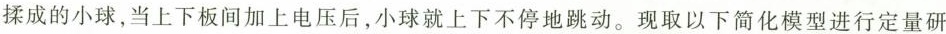
揉成的小球，当上下板间加上电压后，小球就上下不停地跳动。现取以下简化模型进行定量研